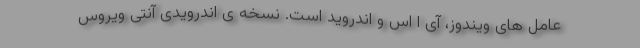
عامل های ویندوز، آی اُ اس و اندروید است. نسخه ی اندرویدی آنتی ویروس